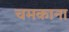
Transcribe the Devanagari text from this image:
चमकाना